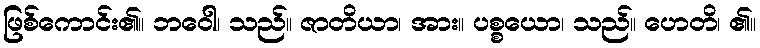
ဖြစ်ကောင်း၏။ ဘဝေါ၊ သည်။ ဇာတိယာ၊ အား။ ပစ္စယော၊ သည်။ ဟေတိ၊ ၏။